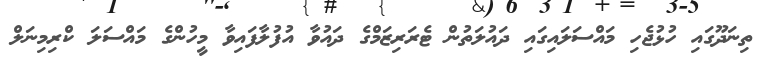
ތިނަދޫގައި ހުޅުޖެހި މައްސަލައިގައި ދައުލަތުން ޓެރަރިޒަމްގެ ދައުވާ އުފުލާފައިވާ މީހުންގެ މައްސަލަ ކްރިމިނަލް